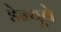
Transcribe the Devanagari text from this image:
डेन्यूवे